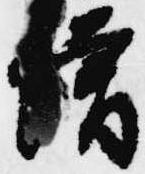
僧